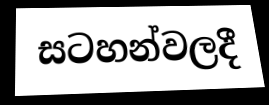
සටහන්වලදී